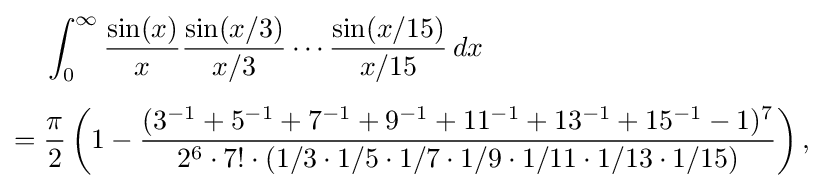
{\begin{aligned}&\int _{0}^{\infty }{\frac {\sin(x)}{x}}{\frac {\sin(x/3)}{x/3}}\cdots {\frac {\sin(x/15)}{x/15}}\,dx\\[5pt]={}&{\frac {\pi }{2}}\left(1-{\frac {(3^{-1}+5^{-1}+7^{-1}+9^{-1}+11^{-1}+13^{-1}+15^{-1}-1)^{7}}{2^{6}\cdot 7!\cdot (1/3\cdot 1/5\cdot 1/7\cdot 1/9\cdot 1/11\cdot 1/13\cdot 1/15)}}\right),\end{aligned}}